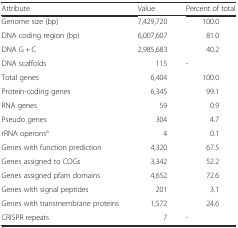
<table><thead><tr><td><b>Attribute</b></td><td><b>Value</b></td><td><b>Percent of total</b></td></tr></thead><tbody><tr><td>Genome size (bp)</td><td>7,429,720</td><td>100.0</td></tr><tr><td>DNA coding region (bp)</td><td>6,007,607</td><td>81.0</td></tr><tr><td>DNA G + C</td><td>2,985,683</td><td>40.2</td></tr><tr><td>DNA scaffolds</td><td>115</td><td>-</td></tr><tr><td>Total genes</td><td>6,404</td><td>100.0</td></tr><tr><td>Protein-coding genes</td><td>6,345</td><td>99.1</td></tr><tr><td>RNA genes</td><td>59</td><td>0.9</td></tr><tr><td>Pseudo genes</td><td>304</td><td>4.7</td></tr><tr><td>rRNA operons<sup>a</sup></td><td>4</td><td>0.1</td></tr><tr><td>Genes with function prediction</td><td>4,320</td><td>67.5</td></tr><tr><td>Genes assigned to COGs</td><td>3,342</td><td>52.2</td></tr><tr><td>Genes assigned pfam domains</td><td>4,652</td><td>72.6</td></tr><tr><td>Genes with signal peptides</td><td>201</td><td>3.1</td></tr><tr><td>Genes with transmembrane proteins</td><td>1,572</td><td>24.6</td></tr><tr><td>CRISPR repeats</td><td>7</td><td>-</td></tr></tbody></table>